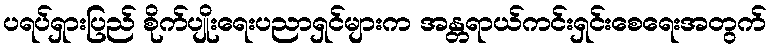
ပရပ်ရှားပြည် စိုက်ပျိုးရေးပညာရှင်များက အန္တရာယ်ကင်းရှင်းစေရေးအတွက်